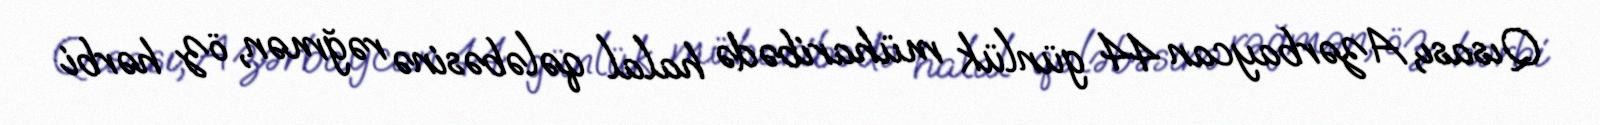
Qısası, Azərbaycan 44 günlük müharibədə halal qələbəsinə rəğmən, öz hərbi